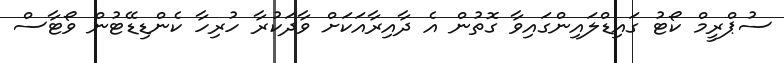
ސުޕްރީމް ކޯޓު ގައިޑްލައިންގައިވާ ގޮތުން އެ ދާއިރާއަކަށް ވާދަކުރާ ހުރިހާ ކެންޑިޑޭޓުން ވޯޓާސް